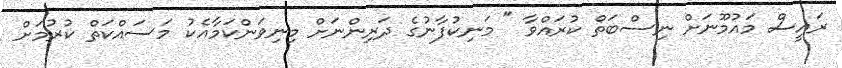
ރައީސް މައުމޫނަށް ނިސްބަތް ކުރައްވާ " މަނިކުފާނުގެ ދަރިންނަށް މިނިވަންކަމާއެކު މަސައްކަތް ކުރުމަށް